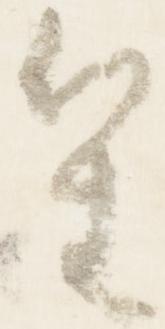
笙